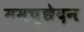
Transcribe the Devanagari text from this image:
ममच्छेदन